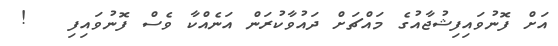
އަށް ފޮނުވައިފިޝުޖާއުގެ މައްޗަށް ދައުވާކުރަން އަނެއްކާ ވެސް ފޮނުވައިފި   !